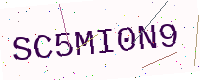
Text: SC5MI0N9